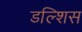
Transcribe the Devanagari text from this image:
डल्शिस